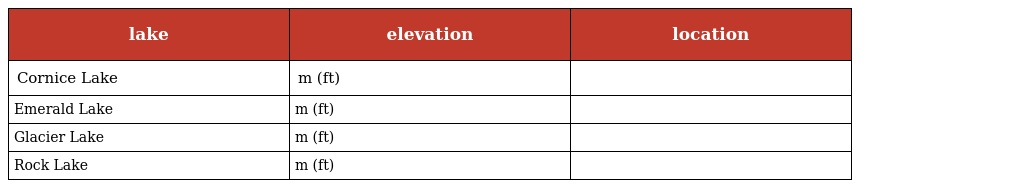
| lake | elevation | location |
 | --- | --- | --- |
 | Cornice Lake | m (ft) |  |
 | Emerald Lake | m (ft) |  |
 | Glacier Lake | m (ft) |  |
 | Rock Lake | m (ft) |  |